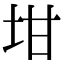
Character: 坩